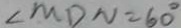
\angle M D N = 6 0 ^ { \circ }